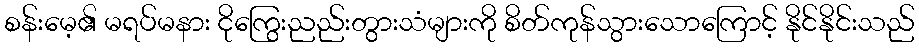
စန်းမေ့၏ မရပ်မနား ငိုကြွေးညည်းတွားသံများကို စိတ်ကုန်သွားသောကြောင့် နိုင်နိုင်းသည်